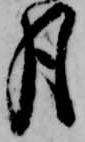
月